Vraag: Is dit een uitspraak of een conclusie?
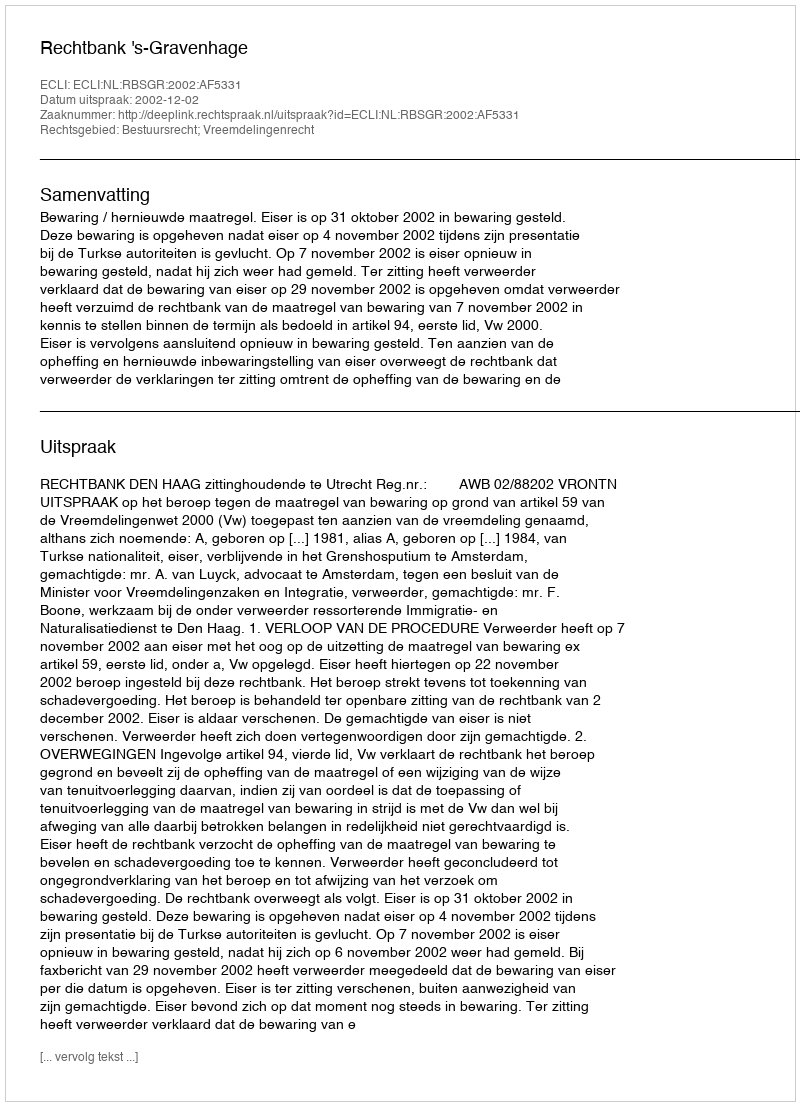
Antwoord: Uitspraak